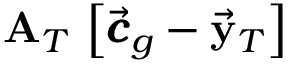
{ \bf A } _ { T } \, \left[ \vec { \pmb { c } } _ { g } - \vec { \bf y } _ { T } \right]